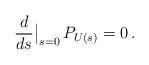
LaTeX: \begin{align*}\frac{d}{ds} \big|_{s=0} \, P_{U(s)} = 0 \, .\end{align*}